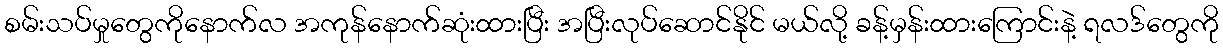
စမ်းသပ်မှုတွေကိုနောက်လ အကုန်နောက်ဆုံးထားပြီး အပြီးလုပ်ဆောင်နိုင် မယ်လို့ ခန့်မှန်းထားကြောင်းနဲ့ ရလဒ်တွေကို